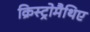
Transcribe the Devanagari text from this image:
क्रिस्ट्रोमैथिए